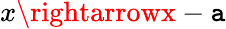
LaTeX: x\rightarrowx-\mathtt{a}